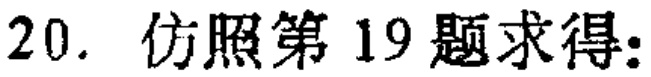
20. 仿照第19题求得: